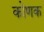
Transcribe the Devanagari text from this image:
कोणक